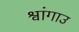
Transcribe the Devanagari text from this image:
श्वांगाउ